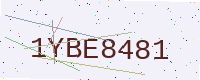
Text: 1YBE8481